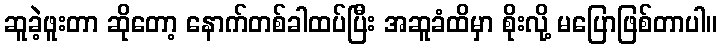
ဆူခဲ့ဖူးတာ ဆိုတော့ နောက်တစ်ခါထပ်ပြီး အဆူခံထိမှာ စိုးလို့ မပြောဖြစ်တာပါ။